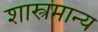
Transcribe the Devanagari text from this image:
शास्त्रमान्य